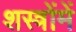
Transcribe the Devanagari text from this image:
शस्त्रोंमें